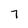
Character: 7